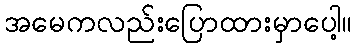
အမေကလည်းပြောထားမှာပေါ့။